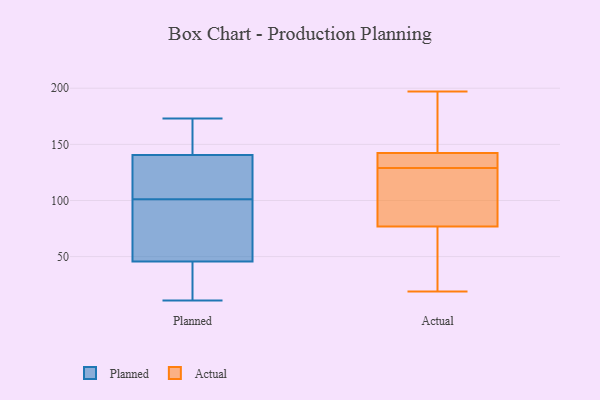
{"axis": {"x": "Humidity (%)", "y": "Value"}, "legend": ["Actual", "Planned"], "data": [{"x": "", "y": 57, "type": "Planned"}, {"x": "", "y": 123, "type": "Planned"}, {"x": "", "y": 57, "type": "Planned"}, {"x": "", "y": 64, "type": "Planned"}, {"x": "", "y": 101, "type": "Planned"}, {"x": "", "y": 114, "type": "Planned"}, {"x": "", "y": 81, "type": "Planned"}, {"x": "", "y": 122, "type": "Planned"}, {"x": "", "y": 20, "type": "Planned"}, {"x": "", "y": 11, "type": "Planned"}, {"x": "", "y": 139, "type": "Planned"}, {"x": "", "y": 143, "type": "Planned"}, {"x": "", "y": 28, "type": "Planned"}, {"x": "", "y": 42, "type": "Planned"}, {"x": "", "y": 173, "type": "Planned"}, {"x": "", "y": 141, "type": "Planned"}, {"x": "", "y": 27, "type": "Planned"}, {"x": "", "y": 159, "type": "Planned"}, {"x": "", "y": 163, "type": "Planned"}, {"x": "", "y": 114, "type": "Actual"}, {"x": "", "y": 197, "type": "Actual"}, {"x": "", "y": 134, "type": "Actual"}, {"x": "", "y": 32, "type": "Actual"}, {"x": "", "y": 136, "type": "Actual"}, {"x": "", "y": 176, "type": "Actual"}, {"x": "", "y": 136, "type": "Actual"}, {"x": "", "y": 40, "type": "Actual"}, {"x": "", "y": 19, "type": "Actual"}, {"x": "", "y": 89, "type": "Actual"}, {"x": "", "y": 129, "type": "Actual"}, {"x": "", "y": 161, "type": "Actual"}, {"x": "", "y": 95, "type": "Actual"}]}